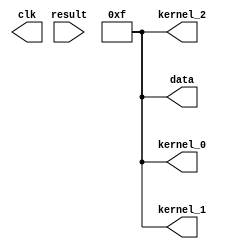
//Verilog HDL for "Lab", "verilog_tb_driver" "functional"
`timescale 10us/1us

module verilog_tb_driver_trans ( clk, kernel_0, kernel_1, kernel_2, data, result );
	input [9:0] result;
	output [3:0] data;
	output [3:0] kernel_0;
	output [3:0] kernel_1;
	output [3:0] kernel_2;
	output clk;

	reg [3:0] kernel_0 = 4'b1111;
	reg [3:0] kernel_1 = 4'b1111;
	reg [3:0] kernel_2 = 4'b1111;
	reg [3:0] data = 4'b1111;
	reg clk = 0;

	always #1 clk = ~clk;

	

endmodule